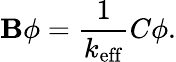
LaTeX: \mathbf{B}\phi=\frac{{1}}{{k_{\mathrm{{eff}}}}}C\phi.